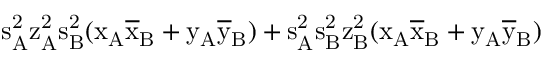
\mathrm { s _ { A } ^ { 2 } \mathrm { z _ { A } ^ { 2 } \mathrm { s _ { B } ^ { 2 } ( \mathrm { x _ { A } \mathrm { \overline { { x } } _ { B } + \mathrm { y _ { A } \mathrm { \overline { { y } } _ { B } ) + \mathrm { s _ { A } ^ { 2 } \mathrm { s _ { B } ^ { 2 } \mathrm { z _ { B } ^ { 2 } ( \mathrm { x _ { A } \mathrm { \overline { { x } } _ { B } + \mathrm { y _ { A } \mathrm { \overline { { y } } _ { B } ) } } } } } } } } } } } } } }